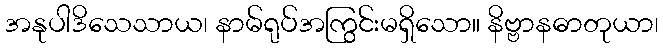
အနုပါဒိသေသာယ၊ နာမ်ရုပ်အကြွင်းမရှိသော။ နိဗ္ဗာနဓာတုယာ၊